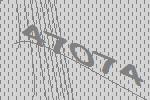
47074